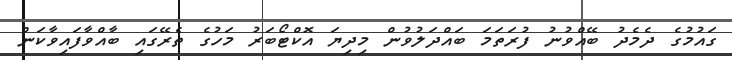
ގައުމުގެ ދެެމެދު ބޭއްވުނު ފުރަތަމަ ބައްދަލުވުން މިދިޔަ އޮކްޓޯބަރު މަހުގެ ތެރޭގައި ބާއްވާފައިވާކަން